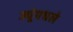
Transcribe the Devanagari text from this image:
ज्यूंमधले